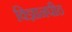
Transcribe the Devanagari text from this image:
विज्ञानपीठ